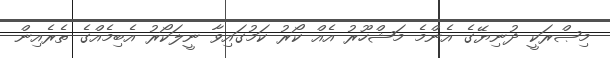
މިޞްރަކީ ދުނިޔޭގެ އެންމެ މަޝްހޫރު އެއް ކޯރު ކަމުގައިވާ ނީލަކޯރު އެބިމެއްގެ ތެރެއިން